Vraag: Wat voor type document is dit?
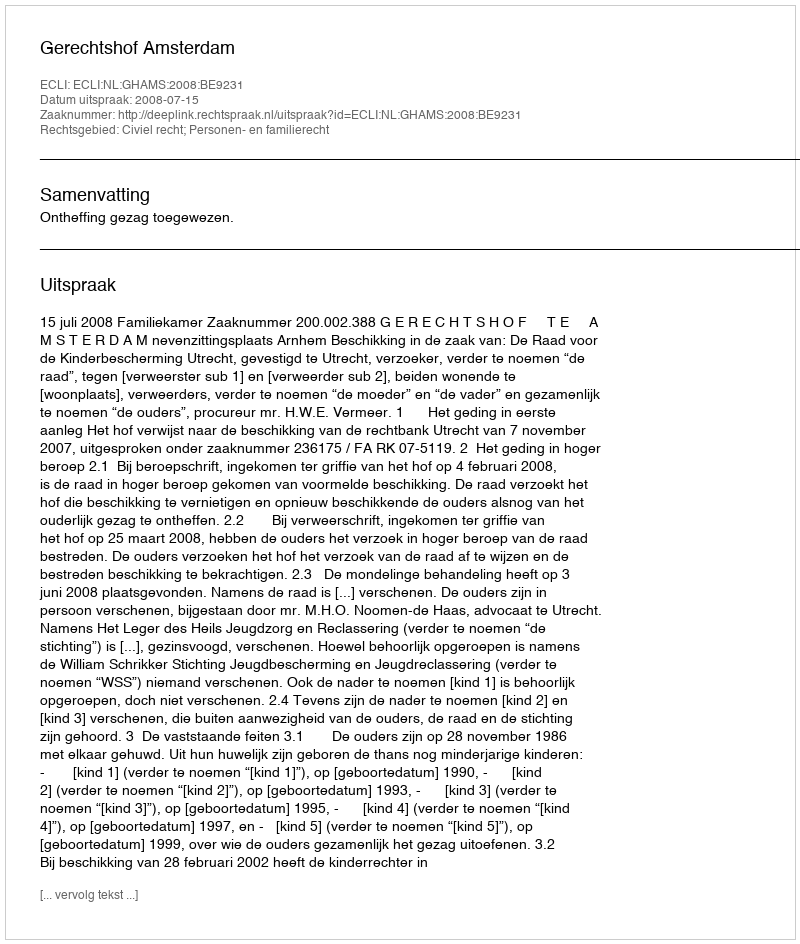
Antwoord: Uitspraak